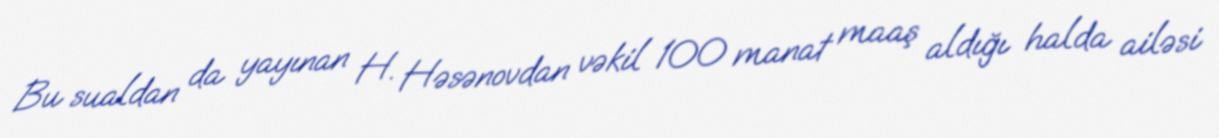
Bu sualdan da yayınan H. Həsənovdan vəkil 100 manat maaş aldığı halda ailəsi